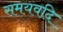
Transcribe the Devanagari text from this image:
समयवदि